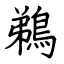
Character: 鵜